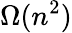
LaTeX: \Omega(n^{2})